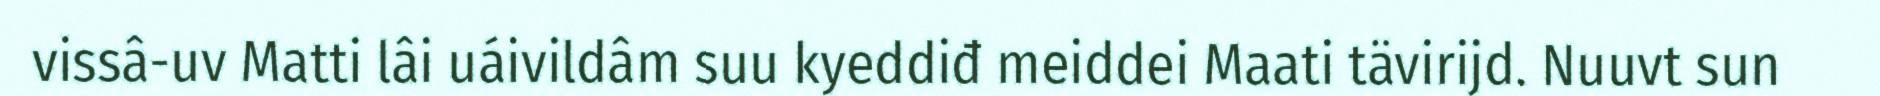
vissâ-uv Matti lâi uáivildâm suu kyeddiđ meiddei Maati tävirijd. Nuuvt sun